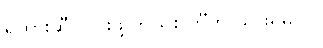
ရထားဆီ သွားဖို့ ဘယ်စင်္ကြံကို သွားရမလဲ။